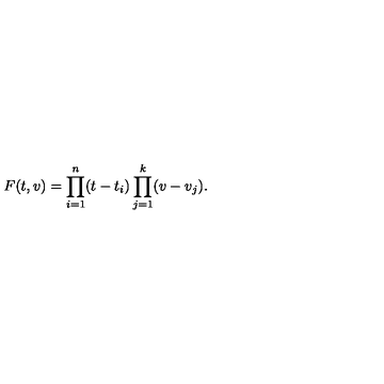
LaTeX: F ( t , v ) = \prod _ { i = 1 } ^ { n } ( t - t _ { i } ) \prod _ { j = 1 } ^ { k } ( v - v _ { j } ) .